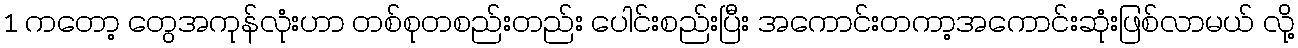
1 ကတော့ တွေအကုန်လုံးဟာ တစ်စုတစည်းတည်း ပေါင်းစည်းပြီး အကောင်းတကာ့အကောင်းဆုံးဖြစ်လာမယ် လို့